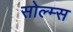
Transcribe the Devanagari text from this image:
सोल्म्स